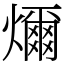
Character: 𤐨